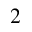
2